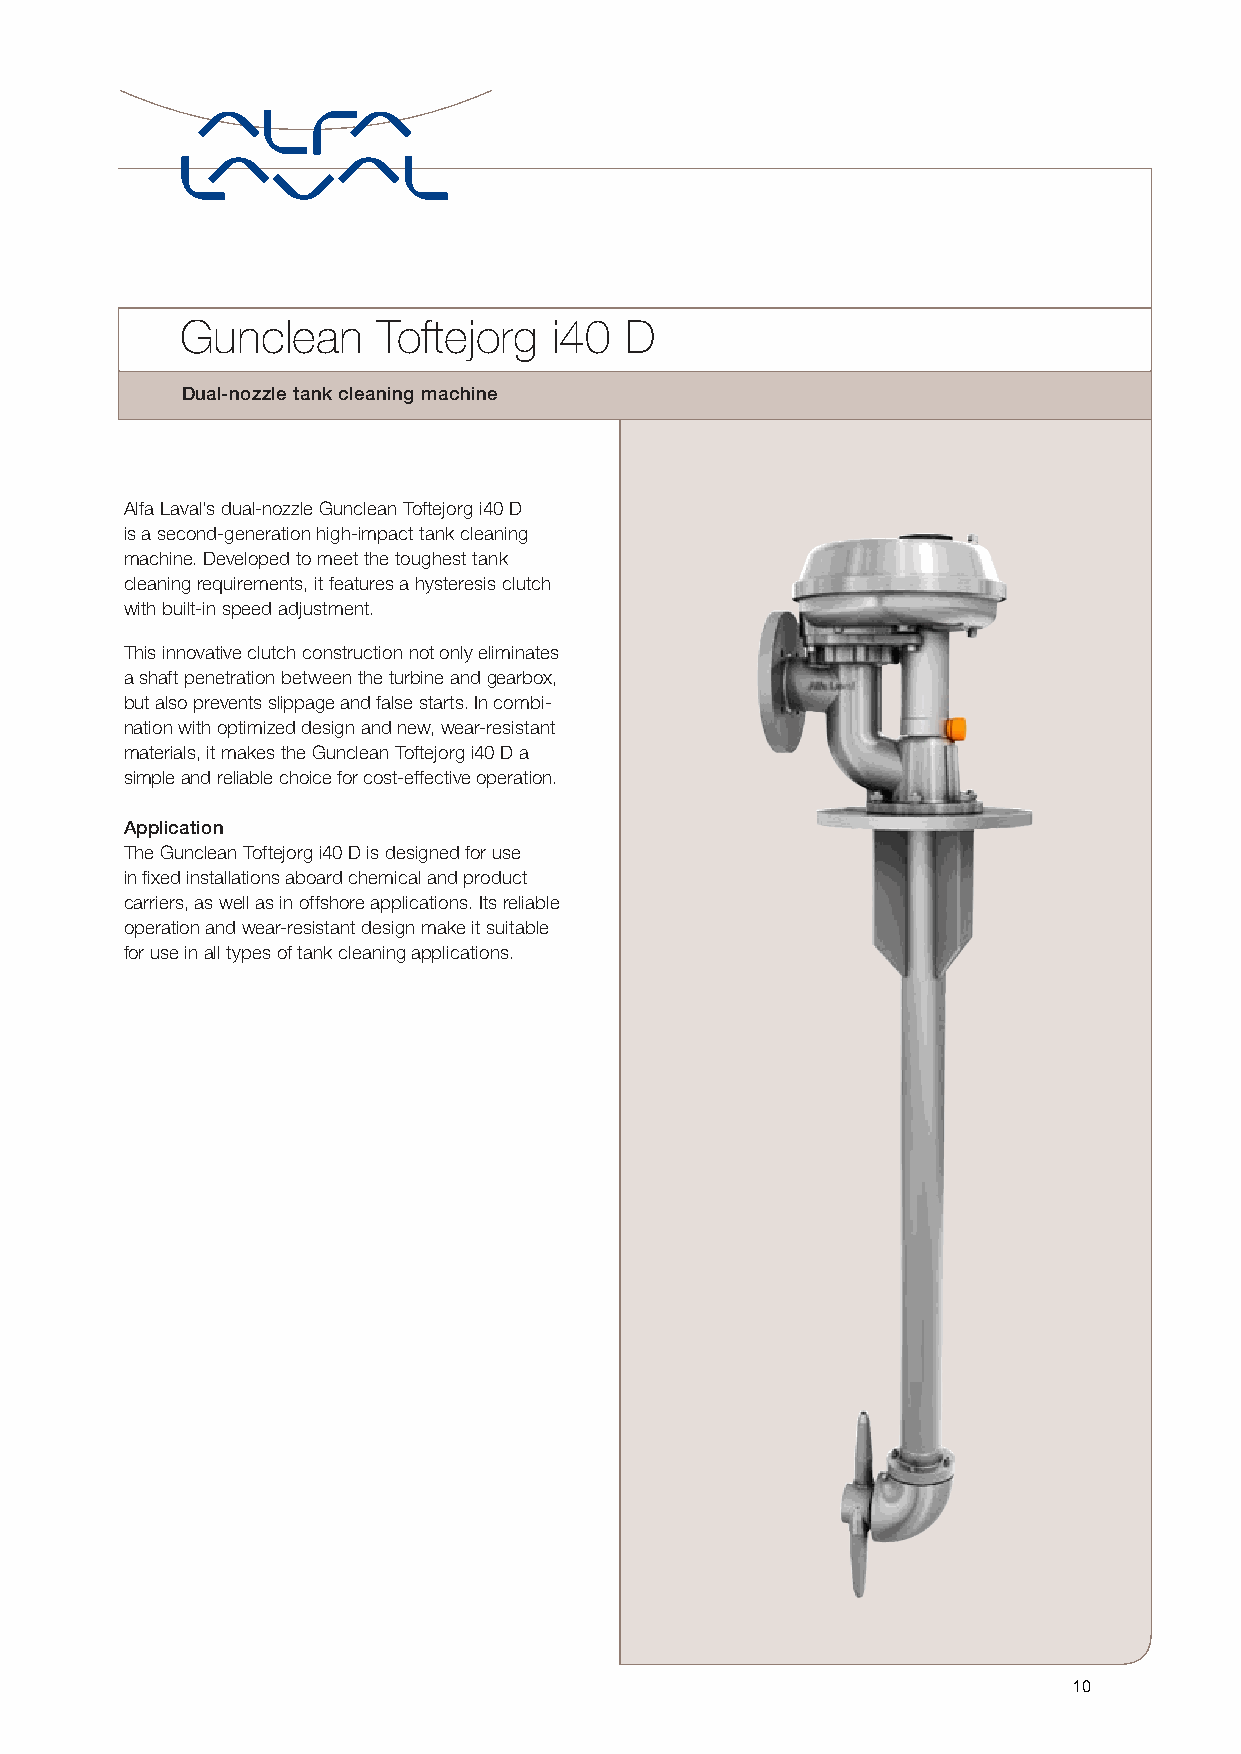
Gunclean     Toftejorg   i40 D
 Dual-nozzle tank cleaning machine
 Alfa Laval’s dual-nozzle Gunclean Toftejorg i40 D
 is a second-generation high-impact tank cleaning
 machine. Developed to meet the toughest tank
 cleaning requirements, it features a hysteresis clutch
 with built-in speed adjustment.
 This innovative clutch construction not only eliminates
 a shaft penetration between the turbine and gearbox,
 but also prevents slippage and false starts. In combi-
 nation with optimized design and new, wear-resistant
 materials, it makes the Gunclean Toftejorg i40 D a
 simple and reliable choice for cost-effective operation.
 Application
 The Gunclean Toftejorg i40 D is designed for use
 in fixed installations aboard chemical and product
 carriers, as well as in offshore applications. Its reliable
 operation and wear-resistant design make it suitable
 for use in all types of tank cleaning applications.
 10